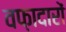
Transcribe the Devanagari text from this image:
वफ़ादारों